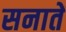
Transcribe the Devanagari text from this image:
सनातें